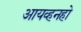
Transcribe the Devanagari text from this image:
आयव्हनहो